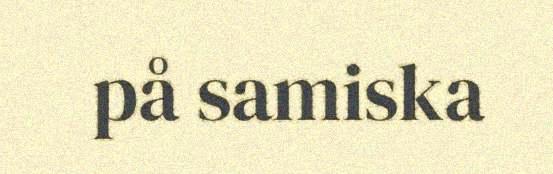
på samiska